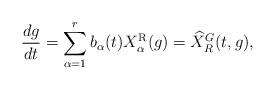
LaTeX: \begin{align*}\frac{dg}{dt} = \sum_{\alpha = 1}^{r} b_\alpha(t) X_\alpha^\mathrm{R}(g)=\widehat{X}^G_R(t,g), \, \end{align*}